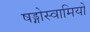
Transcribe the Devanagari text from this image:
षड्गोस्वामियों